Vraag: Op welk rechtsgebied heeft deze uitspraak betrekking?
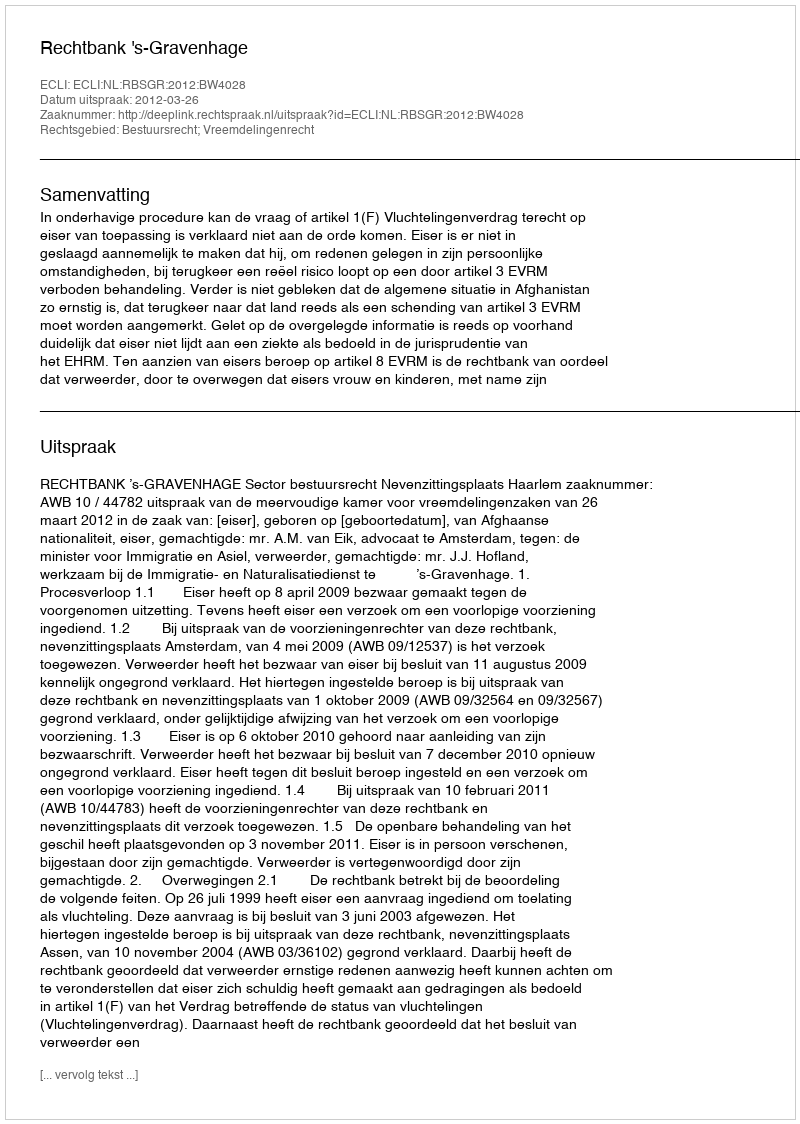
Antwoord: Bestuursrecht; Vreemdelingenrecht